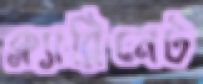
ক্ল্যারিনেট